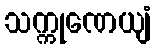
သက္ကုဏေယျံ